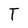
Character: T